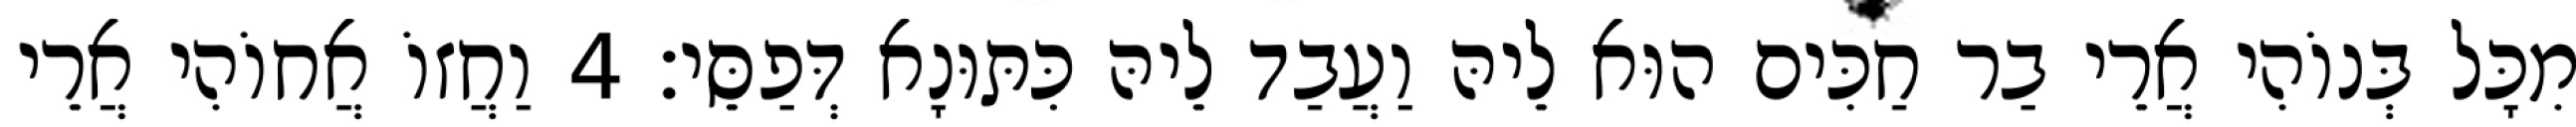
מִכָּל בְּנוֹהִי אֲרֵי בַר חַכִּים הוּא לֵיהּ וַעֲבַד לֵיהּ כִּתּוּנָא דְּפַסֵּי׃ 4 וַחֲזוֹ אֲחוֹהִי אֲרֵי